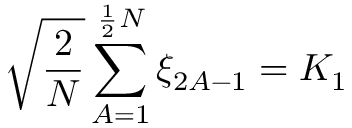
\sqrt { \frac { 2 } { N } } \sum _ { A = 1 } ^ { \frac { 1 } { 2 } N } \xi _ { 2 A - 1 } = K _ { 1 }